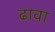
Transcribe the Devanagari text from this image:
ढावा